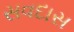
સવદાસ